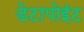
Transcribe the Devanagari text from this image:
डेटापोइंट